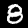
Label: 8